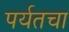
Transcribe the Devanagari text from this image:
पर्यतचा